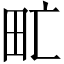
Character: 甿